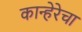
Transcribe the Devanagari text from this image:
कान्हेरेचा